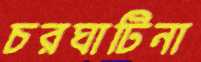
চরঘাটিনা